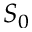
S _ { 0 }